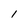
Character: I